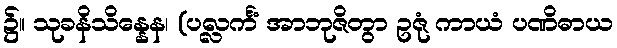
၌။ သုခနိသိန္နေန၊ (ပလ္လင်္ကံ အာဘုဇိတွာ ဥဇုံ ကာယံ ပဏိဓာယ